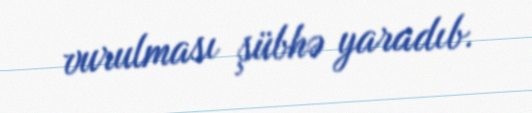
vurulması şübhə yaradıb.